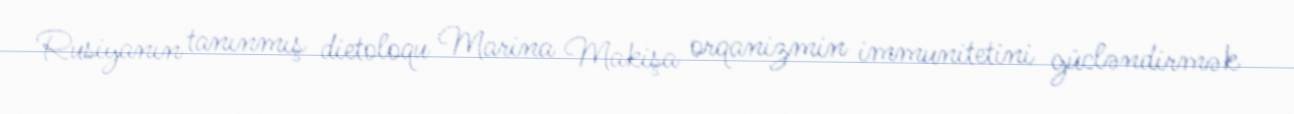
Rusiyanın tanınmış dietoloqu Marina Makişa orqanizmin immunitetini gücləndirmək